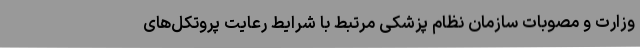
وزارت و مصوبات سازمان نظام پزشکی مرتبط با شرایط رعایت پروتکل‌های